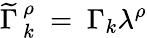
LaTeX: \widetilde\Gamma\, _{k}^{\rho}\ =\ \Gamma_{k}\lambda^{\rho}